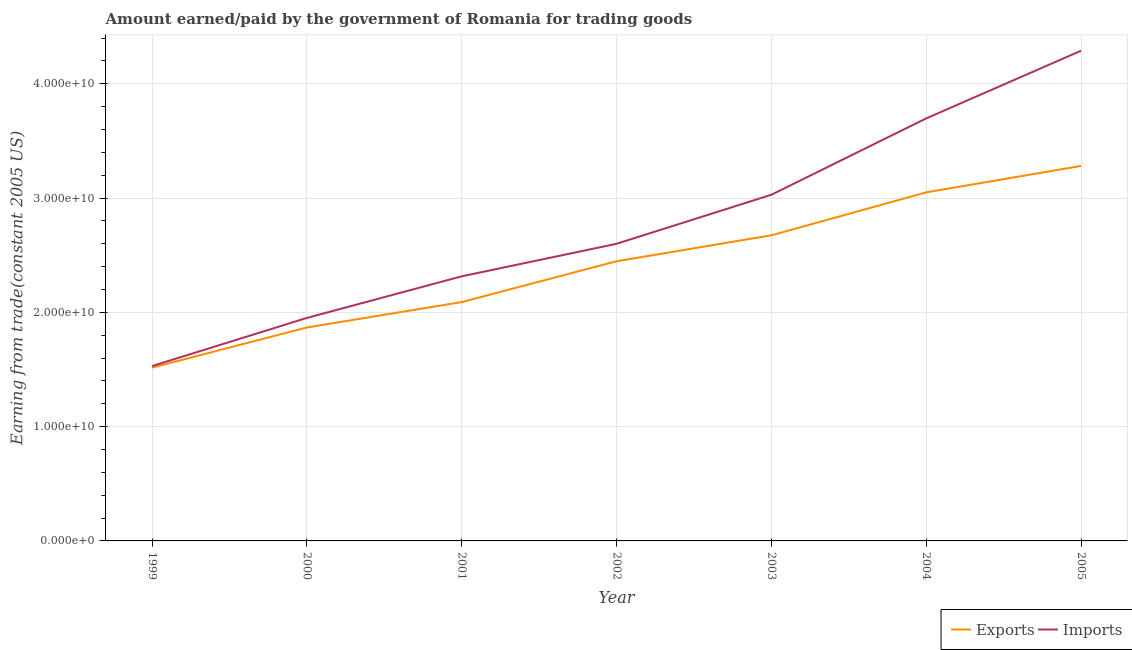
| Year | Exports | Imports |
 | --- | --- | --- |
 | 1999 | 1.52e+10 | 1.53e+10 |
 | 2000 | 1.87e+10 | 1.95e+10 |
 | 2001 | 2.09e+10 | 2.32e+10 |
 | 2002 | 2.45e+10 | 2.6e+10 |
 | 2003 | 2.67e+10 | 3.03e+10 |
 | 2004 | 3.05e+10 | 3.7e+10 |
 | 2005 | 3.28e+10 | 4.29e+10 |